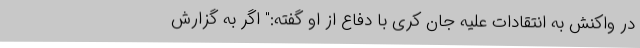
در واکنش به انتقادات علیه جان کری با دفاع از او گفته:" اگر به گزارش